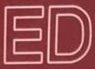
ED